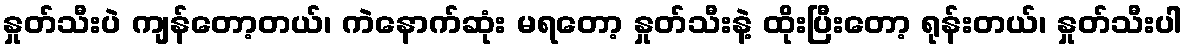
နှုတ်သီးပဲ ကျန်တော့တယ်၊ ကဲနောက်ဆုံး မရတော့ နှုတ်သီးနဲ့ ထိုးပြီးတော့ ရုန်းတယ်၊ နှုတ်သီးပါ